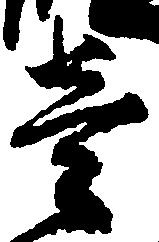
壱